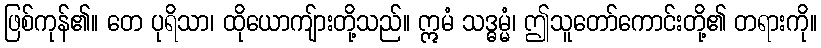
ဖြစ်ကုန်၏။ တေ ပုရိသာ၊ ထိုယောကျ်ားတို့သည်။ ဣမံ သဒ္ဓမ္မံ၊ ဤသူတော်ကောင်းတို့၏ တရားကို။